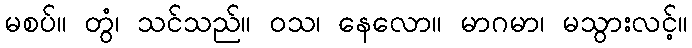
မစပ်။ တွံ၊ သင်သည်။ ဝသ၊ နေလော။ မာဂမာ၊ မသွားလင့်။